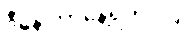
ဒီနေ့ ဘာနေ့ရက်လဲ။